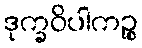
ဒုက္ခဝိပါကဉ္စ